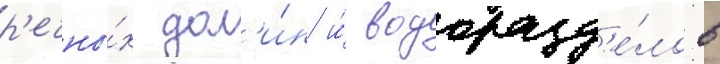
р'ечны́х дол'и́н и́ водоразд'е́лов